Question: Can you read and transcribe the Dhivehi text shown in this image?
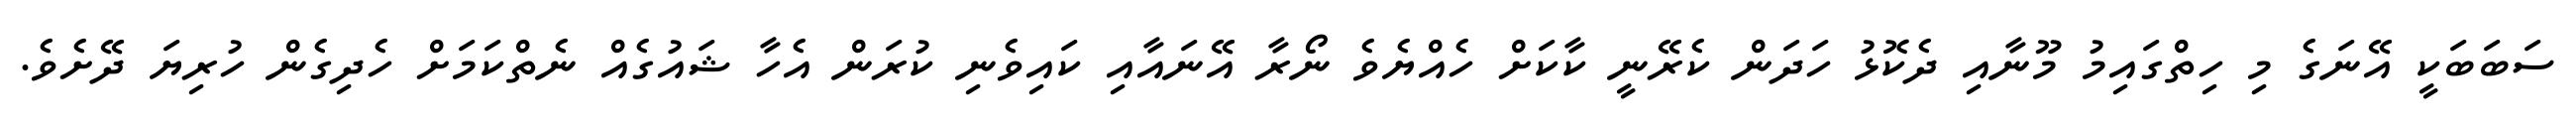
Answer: ސަބަބަކީ އޭނަގެ މި ހިތްގައިމު މޫނާއި ދެކޮޅު ހަދަން ކެރޭނީ ކާކަށް ހެއްޔެވެ ނޯރާ އޭނައާއި ކައިވެނި ކުރަން އެހާ ޝައުގެއް ނެތްކަމަށް ހެދިގެން ހުރިޔަ ދޭށެވެ.